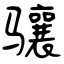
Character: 骧